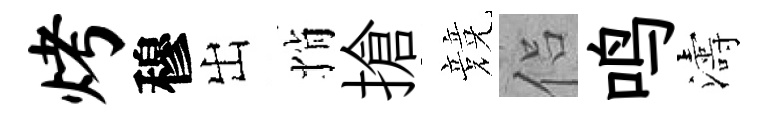
烤穆出悄搶競侣鸣濤